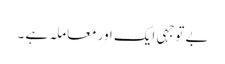
بے توجہی ایک اور معاملہ ہے ۔